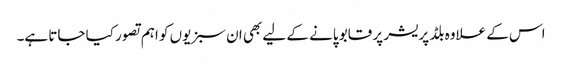
اس کے علاوہ بلڈ پریشر پر قابو پانے کے لیے بھی ان سبزیوں کو اہم تصور کیا جاتا ہے۔